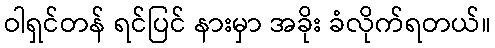
ဝါရှင်တန် ရင်ပြင် နားမှာ အခိုး ခံလိုက်ရတယ်။